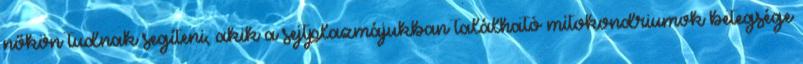
nőkön tudnak segíteni, akik a sejtplazmájukban található mitokondriumok betegsége